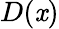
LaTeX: D(\mathit{x})